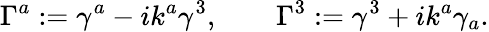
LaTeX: \Gamma^{a}:=\gamma^{a}-ik^{a}\gamma^{3},\qquad\Gamma^{3}:=\gamma^{3}+ik^{a}\gamma_{a}.